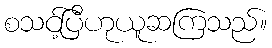
စသင့်ပြီဟုယူဆကြသည်။